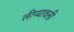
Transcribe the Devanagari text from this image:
लीप्यावली